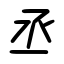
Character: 丞